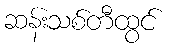
ဆန်းသစ်တီထွင်